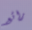
رائع